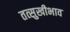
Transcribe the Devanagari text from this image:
तत्सुखीभाव